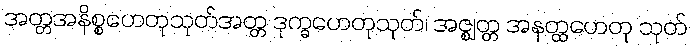
အတ္တအနိစ္စဟေတုသုတ်အတ္တ ဒုက္ခဟေတုသုတ်၊ အဇ္ဈတ္တ အနတ္ထဟေတု သုတ်